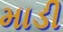
માડી